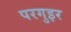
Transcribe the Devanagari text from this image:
परगुइर